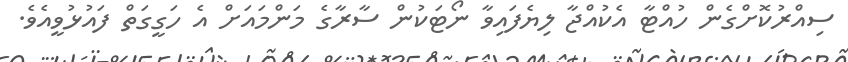
ސިއްރުކޮށްގެން ހުއްޓާ އެކުއްޖާ ލިޔެފައިވާ ނޯޓަކުން ސާރާގެ މަންމައަށް އެ ހަގީގަތް ފައުޅުވީއެވެ.